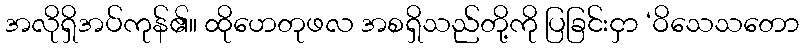
အလိုရှိအပ်ကုန်၏။ ထိုဟေတုဖလ အစရှိသည်တို့ကို ပြခြင်းငှာ ‘ဝိသေသတော